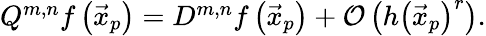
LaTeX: \begin{array}{r}{Q^{m,n}f\left(\vec{x}_{p}\right)=D^{m,n}f\left(\vec{x}_{p}\right)+\mathcal{O}\left(h\left(\vec{x}_{p}\right)^{r}\right).}\end{array}